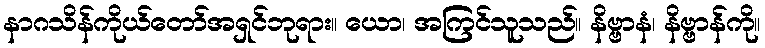
နာဂသိန်ကိုယ်တော်အရှင်ဘုရား။ ယော၊ အကြင်သူသည်။ နိဗ္ဗာနံ၊ နိဗ္ဗာန်ကို။